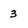
Character: 3